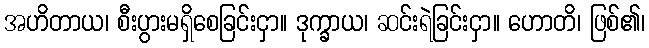
အဟိတာယ၊ စီးပွားမရှိစေခြင်းငှာ။ ဒုက္ခာယ၊ ဆင်းရဲခြင်းငှာ။ ဟောတိ၊ ဖြစ်၏၊